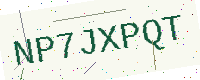
Text: NP7JXPQT